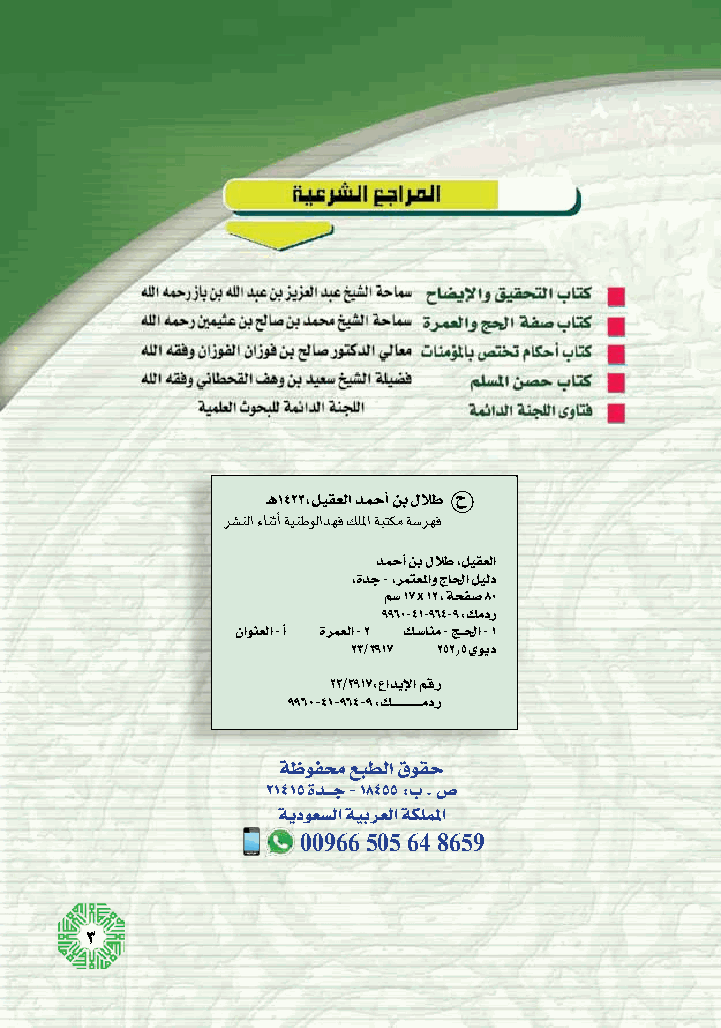
ـه1423 ،ليقعلا دمحأا نب للاط ح
 رش�نلا ءانثأا ةينطولادهف كللما ةبتكم ةش�رهف
 دمحأا نب للاط ،ليقعلا
 ،ةدج - ،رمتعلماو جالحا ليلد
 مس� 17 X 12 ، ةحفس� 80
 9960-41-964-9 :كمدر
 ناونعلا - أا ةرمعلا - 2 كـس�انم - جـلحا - 1
 23/3917 252.5 يويد
 23/3917 :عاديإلا مقر
 9960-41-964-9 :كـــــــــــــمدر
 ةظوفمح عبطلا قوقح
 21415 ةدــج - 18455 :ب . ص�
 ةيدوعس�لا ةيبرعلا ةكلملما
 00966 505 64 8659
 3